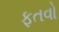
ફતવો